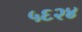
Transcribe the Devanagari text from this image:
५६२४